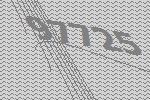
97725